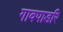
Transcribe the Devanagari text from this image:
गावपाडरि